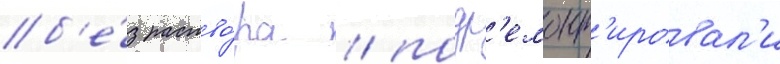
б'е́з раство́ра / подр'емонт'ировал'и